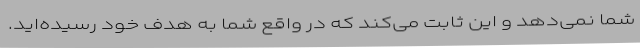
شما نمی‌دهد و این ثابت می‌کند که در واقع شما به هدف خود رسیده‌اید.